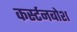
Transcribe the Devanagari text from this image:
कर्स्‍टनबोश